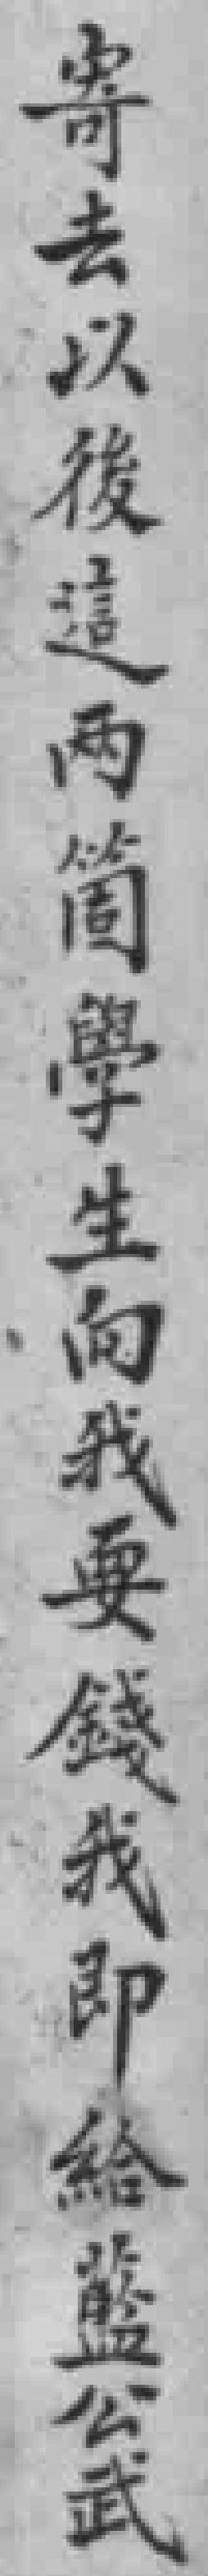
寄去以後這两箇學生向我要錢我即給藍公武